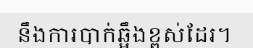
នឹងការបាក់ឆ្អឹងខ្ពស់ដែរ។